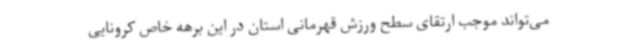
می‌تواند موجب ارتقای سطح ورزش قهرمانی استان در این برهه خاص کرونایی